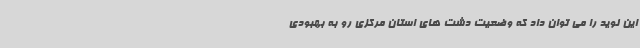
این نوید را می توان داد که وضعیت دشت های استان مرکزی رو به بهبودی